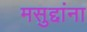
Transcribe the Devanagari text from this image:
मसुद्दांना